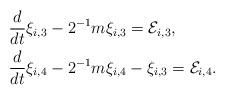
LaTeX: \begin{align*}&\frac{d}{dt} \xi_{i,3}-2^{-1}m \xi_{i,3} =\mathcal{E}_{i,3},\\ &\frac{d}{dt} \xi_{i,4}-2^{-1}m \xi_{i,4}- \xi_{i,3}=\mathcal{E}_{i,4}.\end{align*}